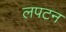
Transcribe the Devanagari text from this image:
लपटन